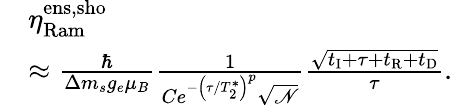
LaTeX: \begin{array}{rl}&{\eta_{\mathrm{Ram}}^{\mathrm{ens,sho}}}\\ &{\approx\frac{\hbar}{\Delta m_{s}g_{e}\mu_{B}}\frac{1}{Ce^{-\left(\tau/T_{2}^{*}\right)^{p}}\sqrt{\mathscr{N}}}\frac{\sqrt{t_{\mathrm{I}}+\tau+t_{\mathrm{R}}+t_{\mathrm{D}}}}{\tau}.}\end{array}